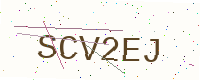
Text: SCV2EJ